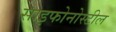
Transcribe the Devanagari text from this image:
साइफोनोस्टील